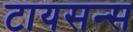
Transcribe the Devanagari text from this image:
टायसन्स